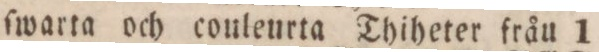
” ” ſwarta och conleurta Thiheter fråu 1